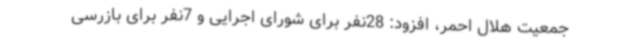
جمعیت هلال احمر، افزود: 28نفر برای شورای اجرایی و 7نفر برای بازرسی